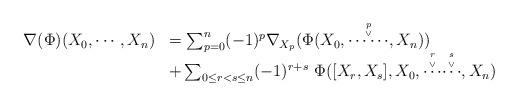
LaTeX: \begin{align*} \begin{array}{ll} \nabla(\Phi)(X_0,\cdots,X_n) & = \sum^n_{p=0}(-1)^p\nabla_{X_p}(\Phi(X_0,\stackrel{p\atop \vee}{\cdots\cdots}, X_n))\\ &+ \sum_{0\leq r<s\leq n}(-1)^{r+s}\ \Phi([X_r,X_s],X_0,\stackrel{r\atop \vee}{\cdots} \stackrel{s\atop \vee}{\cdots},X_n) \end{array} \end{align*}